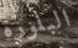
البلورة